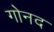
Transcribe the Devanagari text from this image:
गोनद